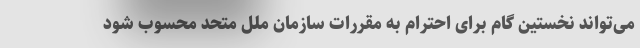
می‌تواند نخستین گام برای احترام به مقررات سازمان ملل متحد محسوب شود